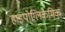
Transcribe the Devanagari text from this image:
हाइपोग्लिकेमिक